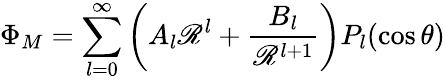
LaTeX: \Phi_{M}=\sum_{l=0}^{\infty}\left(A_{l}\mathscr{R}^{l}+{\frac{{B_{l}}}{{\mathscr{R}^{l+1}}}}\right)P_{l}(\cos\theta)